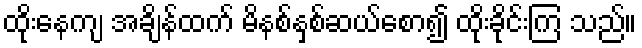
ထိုးနေကျ အချိန်ထက် မိနစ်နှစ်ဆယ်စော၍ ထိုးခိုင်းကြ သည်။